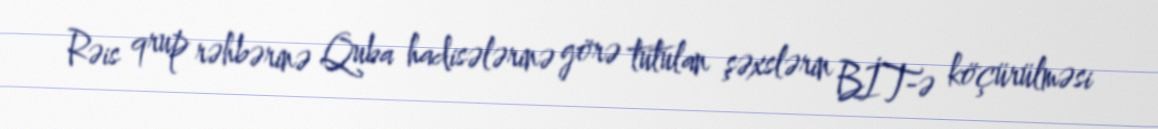
Rəis qrup rəhbərinə Quba hadisələrinə görə tutulan şəxslərin BİT-ə köçürülməsi